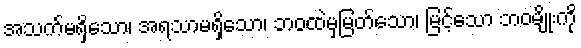
အသက်မရှိသော၊ အရသာမရှိသော၊ ဘဝထဲမှမြတ်သော၊ မြင့်သော ဘဝမျိုးကို